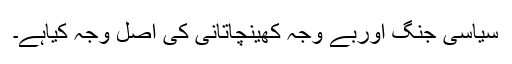
سیاسی جنگ اوربے وجہ کھینچاتانی کی اصل وجہ کیاہے۔